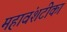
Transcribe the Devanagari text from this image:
महावंशटीका